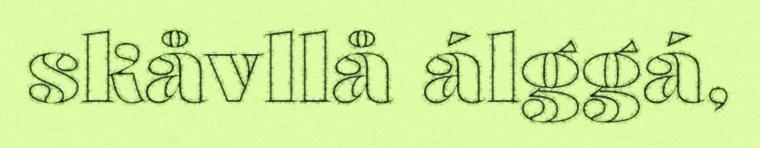
skåvllå álggá,